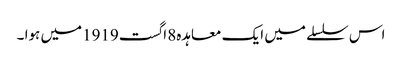
اس سلسلے میں ایک معاہدہ8 اگست1919میں ہوا ۔